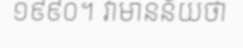
១៩៩០។ វាមានន័យថា